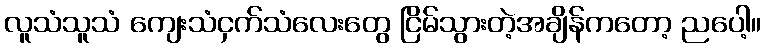
လူသံသူသံ ကျေးသံငှက်သံလေးတွေ ငြိမ်သွားတဲ့အချိန်ကတော့ ညပေါ့။